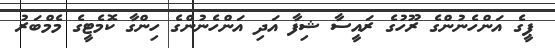
ޕީގެ އަންހެނުންގެ ރޫހުގެ ރައީސާ ޝިފާ އަދި އަންހެނުންގެ ހިންގާ ކޮމެޓީގެ މެމްބަރު